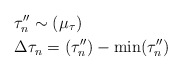
\begin{align*}&\tau^{\prime\prime}_n \sim (\mu_{\tau})\\&\Delta \tau_n = (\tau^{\prime\prime}_n)-\min(\tau^{\prime\prime}_n) \end{align*}